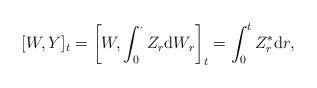
LaTeX: \begin{align*}[W,Y]_t &= \left[W, \int_0^\cdot Z_r \mathrm d W_r \right] _t = \int_0^t Z_r^* \mathrm d r,\end{align*}